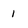
Character: 1